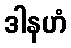
ဒါနဟံ